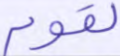
لقوم